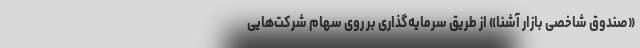
«صندوق شاخصی بازار آشنا» از طریق سرمایه‌گذاری بر روی سهام شرکت‌هایی